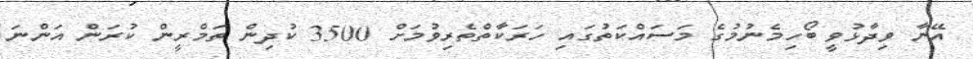
އޭނާ ވިދާޅުވީ ބޯހިމެނުމުގެ މަސައްކަތުގައި ހަރަކާތްތެރިވުމަށް 3500 ކުދިން ތަމްރީން ކުރަން އަންނަ